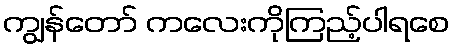
ကျွန်တော် ကလေးကိုကြည့်ပါရစေ